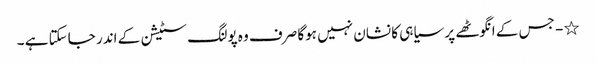
٭- جس کے انگوٹھے پر سیاہی کا نشان نہیں ہوگا صرف وہ پولنگ سٹیشن کے اندر جاسکتا ہے ۔